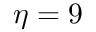
\eta = 9